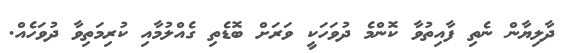
ދާލިޔާން ނެތި ފާއިތުވާ ކޮންމެ ދުވަހަކީ ވަރަށް ބޮޑެތި ގެއްލުމާއި ކުރިމަތިވާ ދުވަހެއް.